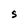
Character: S